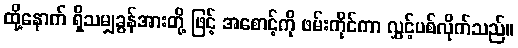
ထို့နောက် ရှိသမျှခွန်အားတို့ ဖြင့် အစောင့်ကို ဖမ်းကိုင်ကာ လွှင့်ပစ်လိုက်သည်။